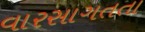
વારસાગતતા